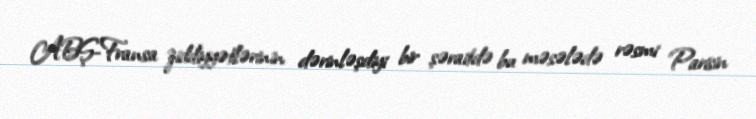
ABŞ-Fransa ziddiyyətlərinin dərinləşdiyi bir şəraitdə bu məsələdə rəsmi Parisin